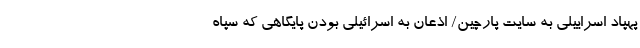
پهپاد اسراییلی به سایت پارچین/ اذعان به اسرائیلی بودن پایگاهی که سپاه